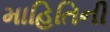
માહિતિની